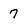
Character: 7